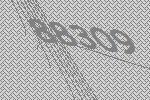
88309